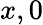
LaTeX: x,0